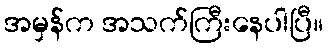
အမှန်က အသက်ကြီးနေပါပြီ။